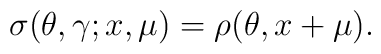
\sigma (\theta,\gamma ;x,\mu )=\rho (\theta ,x+\mu ).